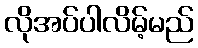
လိုအပ်ပါလိမ့်မည်